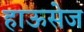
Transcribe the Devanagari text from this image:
हाऊसेज